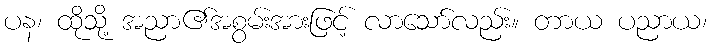
ပန၊ ထိုသို့ အညာ၏အစွမ်းအားဖြင့် လာသော်လည်း။ တာယ ပညာယ၊